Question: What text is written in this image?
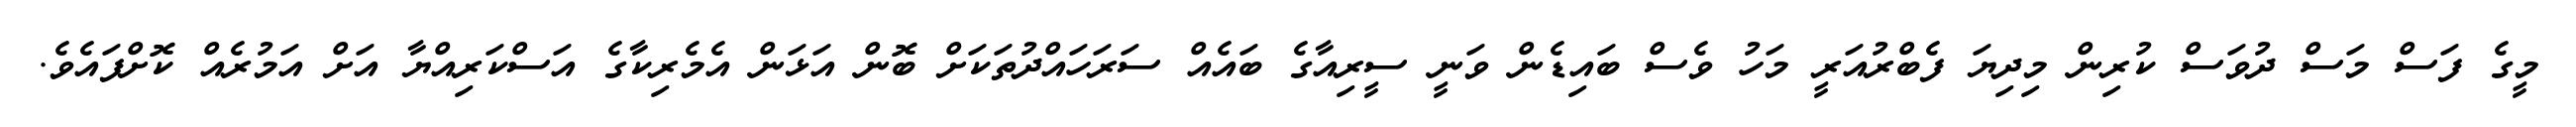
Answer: މީގެ ފަސް މަސް ދުވަސް ކުރިން މިދިޔަ ފެބްރުއަރީ މަހު ވެސް ބައިޑެން ވަނީ ސީރިއާގެ ބައެއް ސަރަހައްދުތަކަށް ބޮން އަޅަން އެމެރިކާގެ އަސްކަރިއްޔާ އަށް އަމުރެއް ކޮށްފައެވެ.